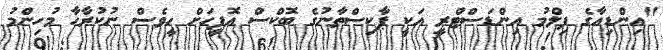
"އިންޑިއާގެ ފިލްމު އިންޑަސްޓްރީ އަކީ ޕާކިސްތާނުގެ ބޮކްސް އޮފީހަށް ހީވެސް ނުކުރާހާ މުހިންމު